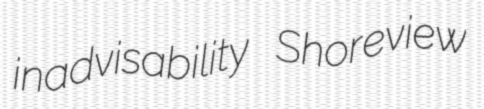
inadvisability Shoreview